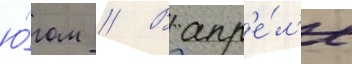
ю́гом // В апр'е́л'е